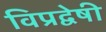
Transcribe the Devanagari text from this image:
विप्रद्वेषी